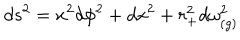
LaTeX: d s ^ { 2 } = x ^ { 2 } d \phi ^ { 2 } + d x ^ { 2 } + r _ { + } ^ { 2 } d \omega _ { ( g ) } ^ { 2 }